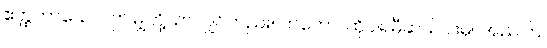
ဧတ္ထကာယေဝ၊ ဤမျှတို့သာလျှင်တည်း။ တတော၊ ထိုပါရမီဆယ်ပါးမှ။ အညတြ၊